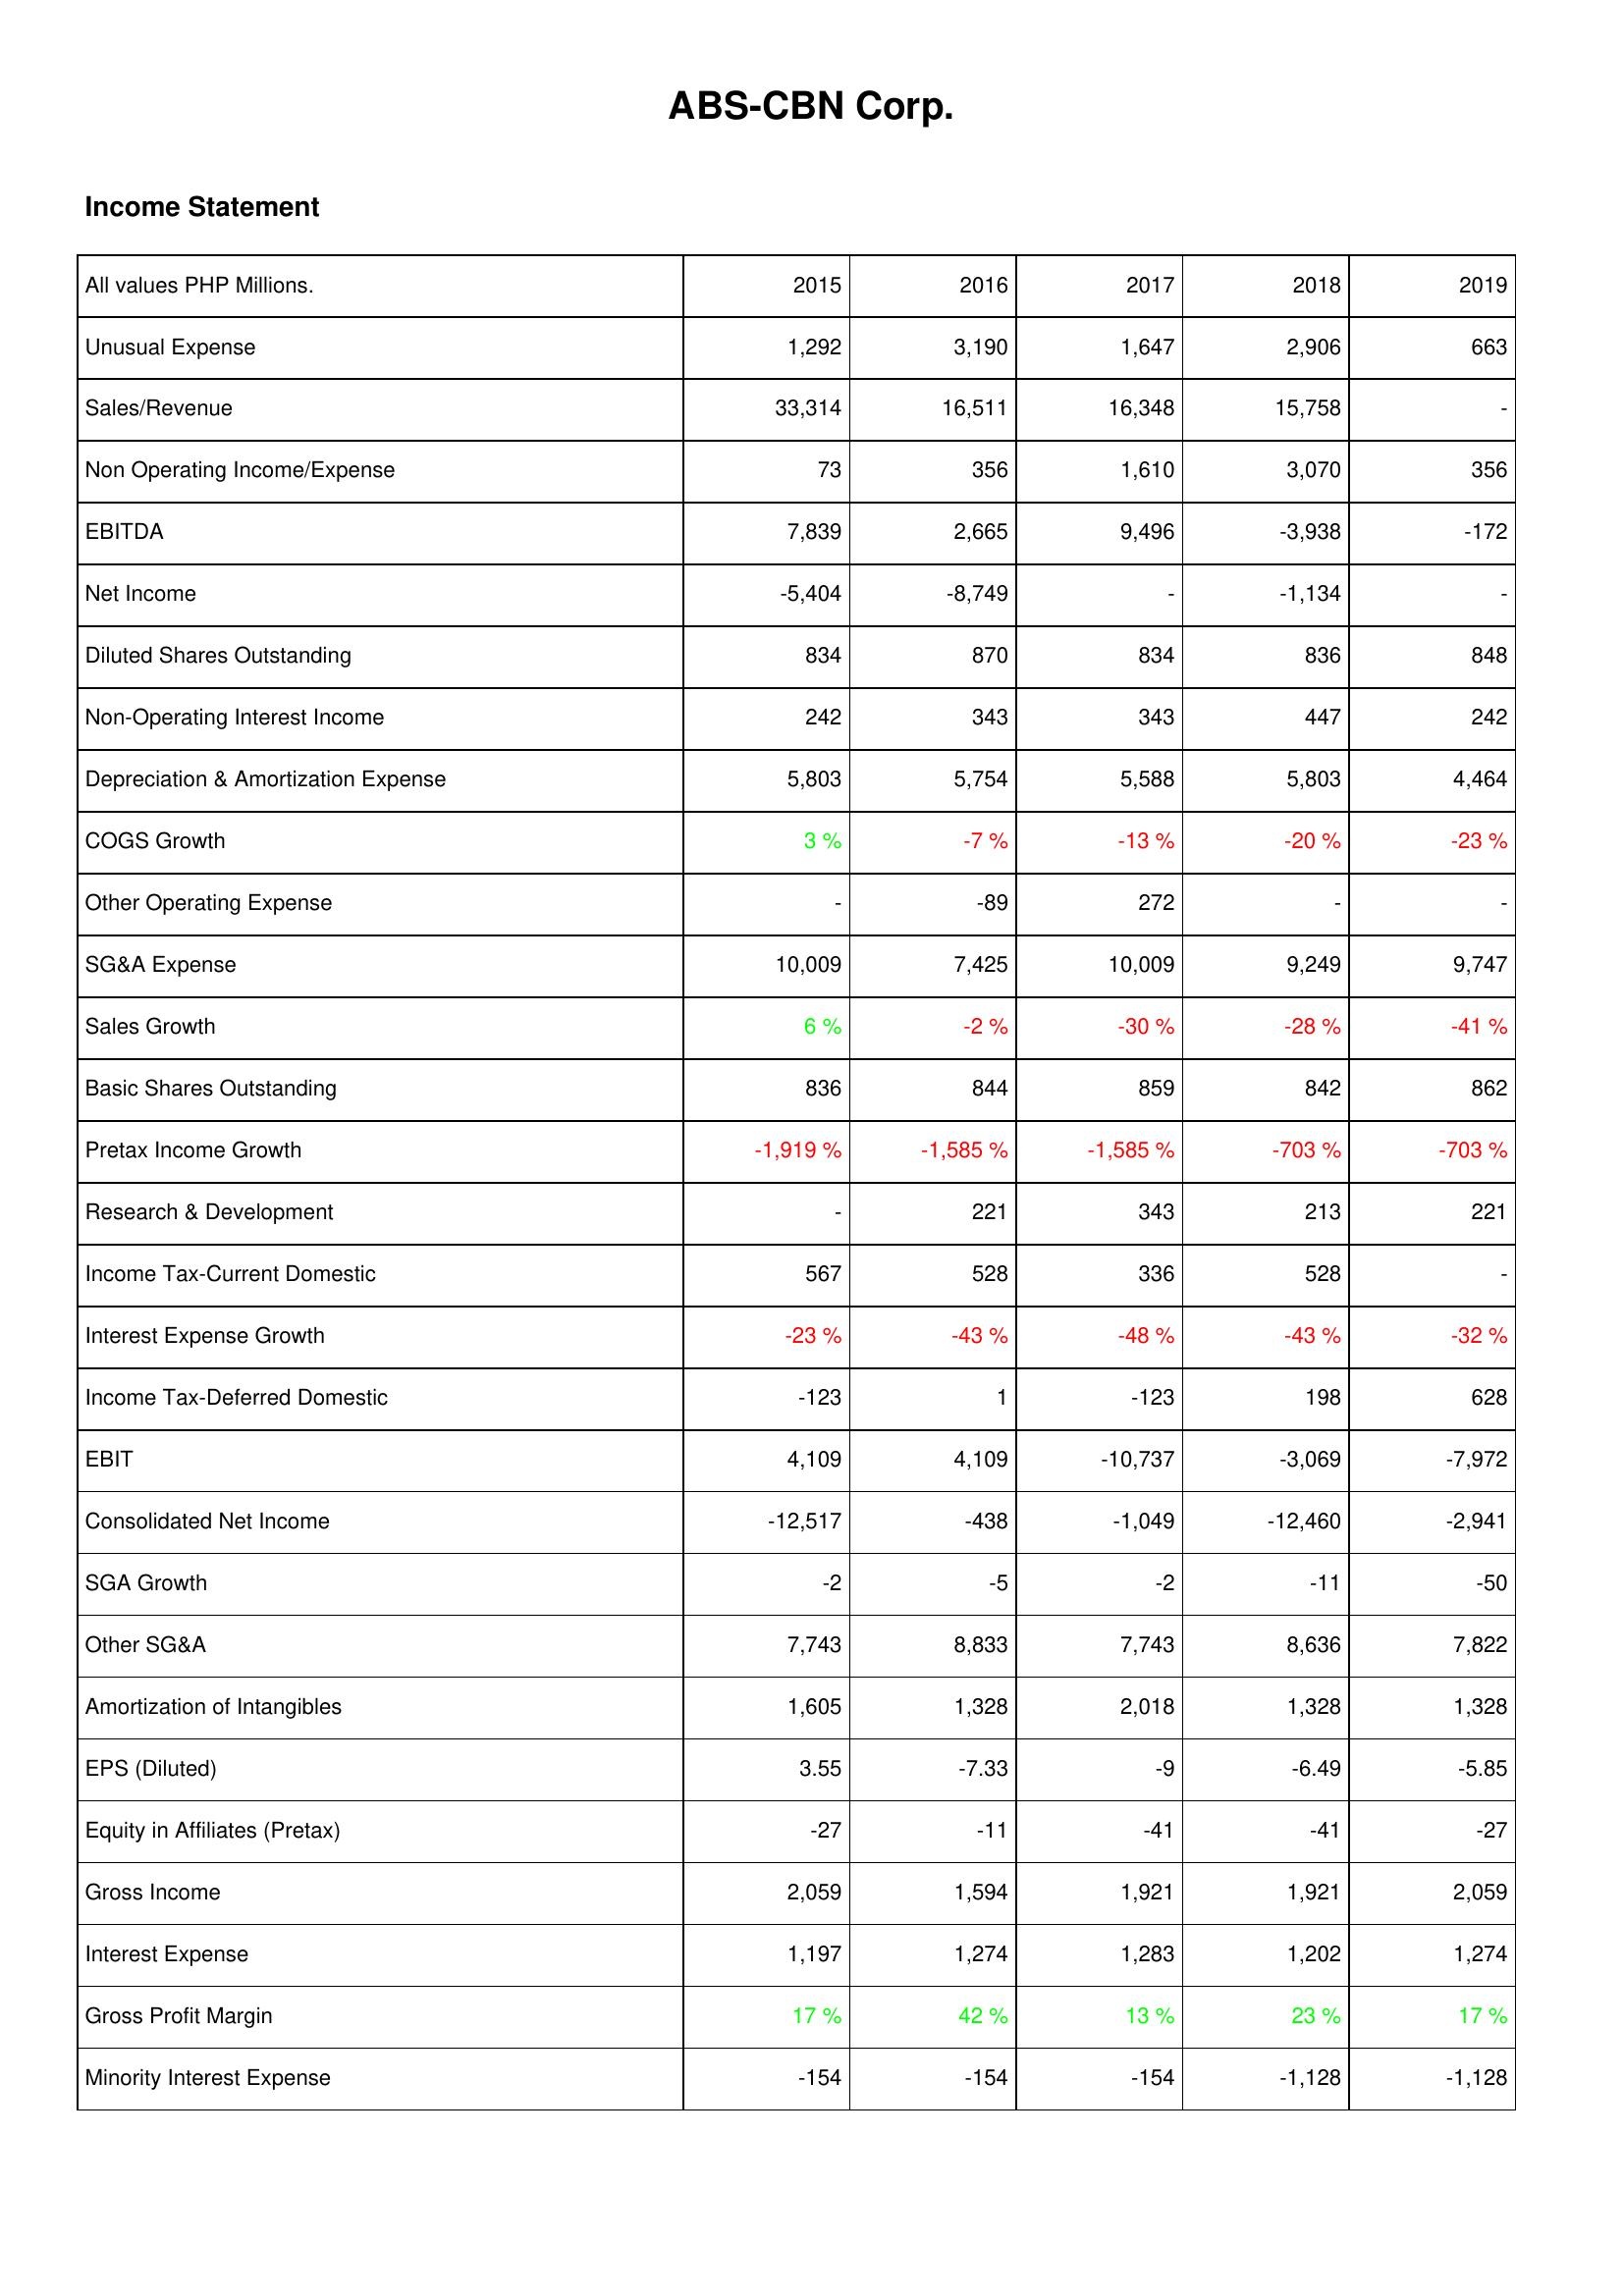
2015: Income Statement: Unusual Expense: 1,292
Sales/Revenue: 33,314
Non Operating Income/Expense: 73
EBITDA: 7,839
Net Income: -5,404
Diluted Shares Outstanding: 834
Non-Operating Interest Income: 242
Depreciation & Amortization Expense: 5,803
COGS Growth: 3 %
Other Operating Expense: -
SG&A Expense: 10,009
Sales Growth: 6 %
Basic Shares Outstanding: 836
Pretax Income Growth: -1,919 %
Research & Development: -
Income Tax-Current Domestic: 567
Interest Expense Growth: -23 %
Income Tax-Deferred Domestic: -123
EBIT: 4,109
Consolidated Net Income: -12,517
SGA Growth: -2
Other SG&A: 7,743
Amortization of Intangibles: 1,605
EPS (Diluted): 3.55
Equity in Affiliates (Pretax): -27
Gross Income: 2,059
Interest Expense: 1,197
Gross Profit Margin: 17 %
Minority Interest Expense: -154
2016: Income Statement: Unusual Expense: 3,190
Sales/Revenue: 16,511
Non Operating Income/Expense: 356
EBITDA: 2,665
Net Income: -8,749
Diluted Shares Outstanding: 870
Non-Operating Interest Income: 343
Depreciation & Amortization Expense: 5,754
COGS Growth: -7 %
Other Operating Expense: -89
SG&A Expense: 7,425
Sales Growth: -2 %
Basic Shares Outstanding: 844
Pretax Income Growth: -1,585 %
Research & Development: 221
Income Tax-Current Domestic: 528
Interest Expense Growth: -43 %
Income Tax-Deferred Domestic: 1
EBIT: 4,109
Consolidated Net Income: -438
SGA Growth: -5
Other SG&A: 8,833
Amortization of Intangibles: 1,328
EPS (Diluted): -7.33
Equity in Affiliates (Pretax): -11
Gross Income: 1,594
Interest Expense: 1,274
Gross Profit Margin: 42 %
Minority Interest Expense: -154
2017: Income Statement: Unusual Expense: 1,647
Sales/Revenue: 16,348
Non Operating Income/Expense: 1,610
EBITDA: 9,496
Net Income: -
Diluted Shares Outstanding: 834
Non-Operating Interest Income: 343
Depreciation & Amortization Expense: 5,588
COGS Growth: -13 %
Other Operating Expense: 272
SG&A Expense: 10,009
Sales Growth: -30 %
Basic Shares Outstanding: 859
Pretax Income Growth: -1,585 %
Research & Development: 343
Income Tax-Current Domestic: 336
Interest Expense Growth: -48 %
Income Tax-Deferred Domestic: -123
EBIT: -10,737
Consolidated Net Income: -1,049
SGA Growth: -2
Other SG&A: 7,743
Amortization of Intangibles: 2,018
EPS (Diluted): -9
Equity in Affiliates (Pretax): -41
Gross Income: 1,921
Interest Expense: 1,283
Gross Profit Margin: 13 %
Minority Interest Expense: -154
2018: Income Statement: Unusual Expense: 2,906
Sales/Revenue: 15,758
Non Operating Income/Expense: 3,070
EBITDA: -3,938
Net Income: -1,134
Diluted Shares Outstanding: 836
Non-Operating Interest Income: 447
Depreciation & Amortization Expense: 5,803
COGS Growth: -20 %
Other Operating Expense: -
SG&A Expense: 9,249
Sales Growth: -28 %
Basic Shares Outstanding: 842
Pretax Income Growth: -703 %
Research & Development: 213
Income Tax-Current Domestic: 528
Interest Expense Growth: -43 %
Income Tax-Deferred Domestic: 198
EBIT: -3,069
Consolidated Net Income: -12,460
SGA Growth: -11
Other SG&A: 8,636
Amortization of Intangibles: 1,328
EPS (Diluted): -6.49
Equity in Affiliates (Pretax): -41
Gross Income: 1,921
Interest Expense: 1,202
Gross Profit Margin: 23 %
Minority Interest Expense: -1,128
2019: Income Statement: Unusual Expense: 663
Sales/Revenue: -
Non Operating Income/Expense: 356
EBITDA: -172
Net Income: -
Diluted Shares Outstanding: 848
Non-Operating Interest Income: 242
Depreciation & Amortization Expense: 4,464
COGS Growth: -23 %
Other Operating Expense: -
SG&A Expense: 9,747
Sales Growth: -41 %
Basic Shares Outstanding: 862
Pretax Income Growth: -703 %
Research & Development: 221
Income Tax-Current Domestic: -
Interest Expense Growth: -32 %
Income Tax-Deferred Domestic: 628
EBIT: -7,972
Consolidated Net Income: -2,941
SGA Growth: -50
Other SG&A: 7,822
Amortization of Intangibles: 1,328
EPS (Diluted): -5.85
Equity in Affiliates (Pretax): -27
Gross Income: 2,059
Interest Expense: 1,274
Gross Profit Margin: 17 %
Minority Interest Expense: -1,128